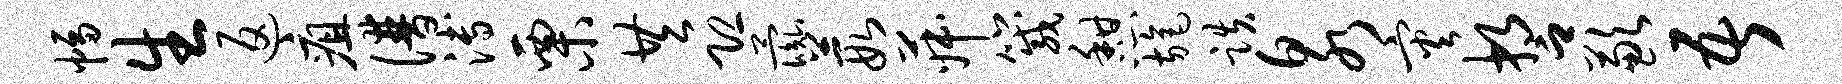
幅生返疽谱溥栗共恐彘葭菽箴憩旄跌泉灾誓歉吾